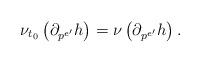
LaTeX: \begin{align*}\nu_{t_0}\left(\partial_{p^{e'}}h\right)=\nu\left(\partial_{p^{e'}}h\right).\end{align*}